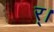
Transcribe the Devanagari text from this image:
र्।